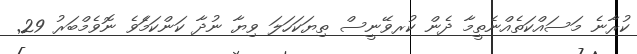
ކުރާނެ މަސައްކަތެއްނެތީމާ ދެން ކުރވޭނީސް ތިޔަކަހަލަ ވިޔާ ނުދާ ކަންކަމަެވެ ނޮވެމްބަރު 29